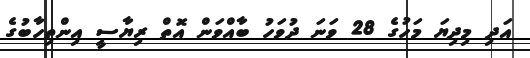
އަދި މިދިޔަ މަހުގެ 28 ވަނަ ދުވަހު ބާއްވަން އޮތް ރިޔާސީ އިންތިހާބުގެ